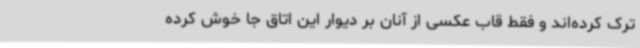
ترک کرده‌اند و فقط قاب عکسی از آنان بر دیوار این اتاق جا خوش کرده